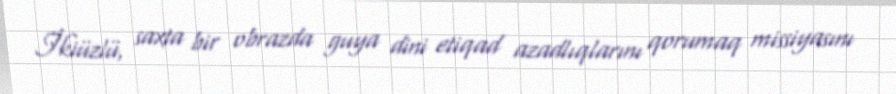
İkiüzlü, saxta bir obrazda guya dini etiqad azadlıqlarını qorumaq missiyasını